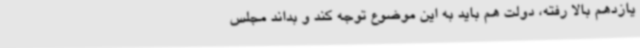
یازدهم بالا رفته، دولت هم باید به این موضوع توجه کند و بداند مجلس